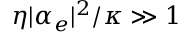
\eta | \alpha _ { e } | ^ { 2 } / \kappa \gg 1